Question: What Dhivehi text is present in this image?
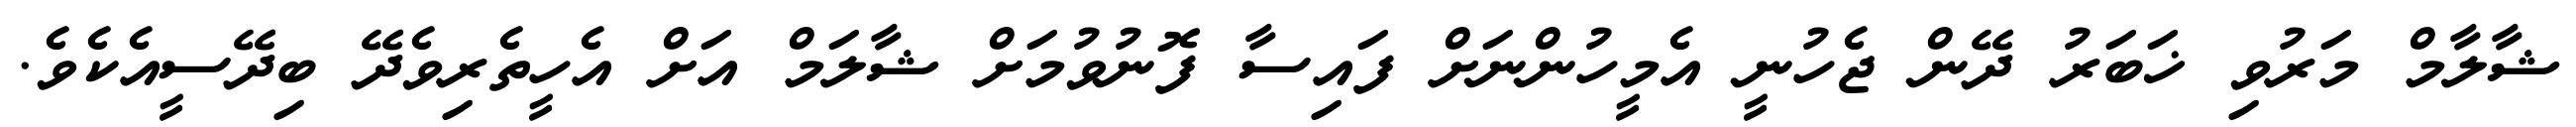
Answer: ޝާލާމް މަރުވި ޚަބަރު ދޭން ޖެހުނީ އެމީހުންނަށް ފައިސާ ފޮނުވުމަށް ޝާލަމް އަށް އެހީތެރިވެދޭ ބިދޭސީއެކެވެ.